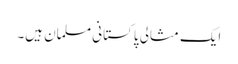
ایک مثالی پاکستانی مسلمان ہیں۔